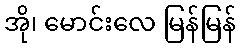
အို၊ မောင်းလေ မြန်မြန်